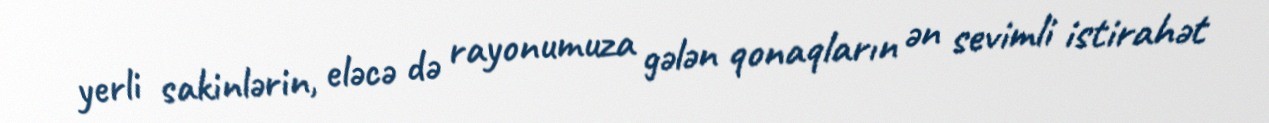
yerli sakinlərin, eləcə də rayonumuza gələn qonaqların ən sevimli istirahət